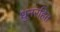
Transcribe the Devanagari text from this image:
धुनरहित